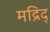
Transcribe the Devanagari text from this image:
मद्रिद्